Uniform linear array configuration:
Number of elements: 12
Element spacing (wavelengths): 1
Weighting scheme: uniform
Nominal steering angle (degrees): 45
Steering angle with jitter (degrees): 46.556
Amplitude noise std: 0.05
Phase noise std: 0.05

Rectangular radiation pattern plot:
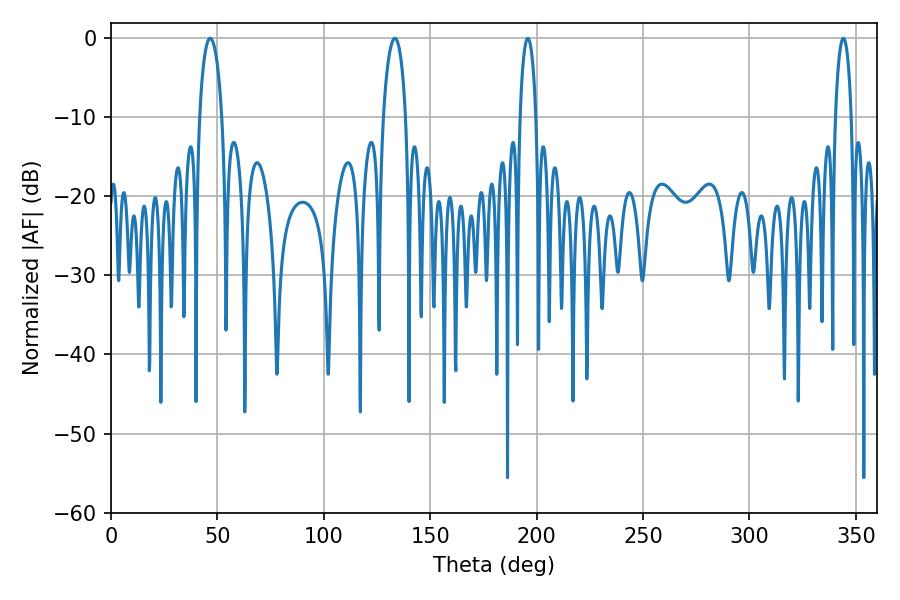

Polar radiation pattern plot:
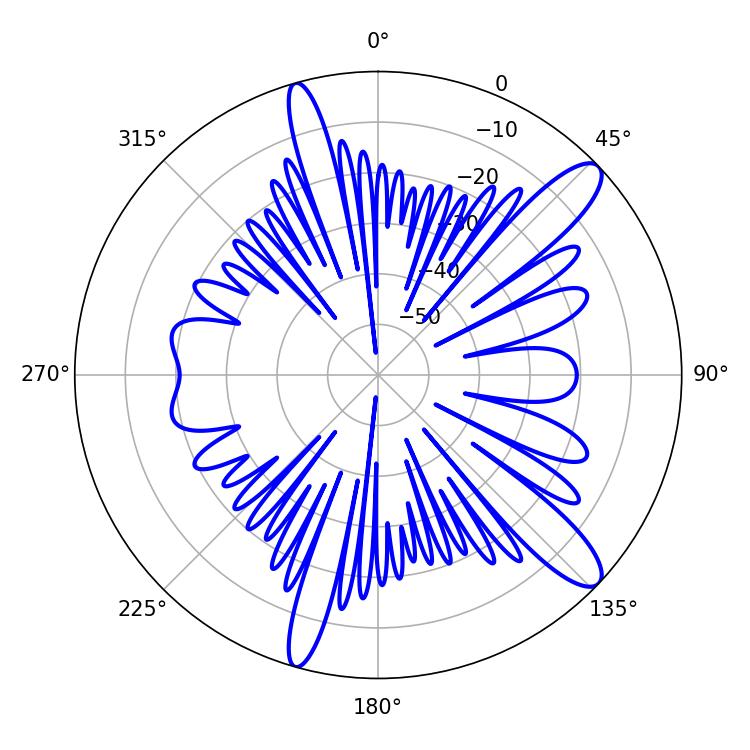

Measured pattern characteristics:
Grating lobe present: TRUE
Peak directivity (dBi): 12.151
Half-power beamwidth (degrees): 5.94
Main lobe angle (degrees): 46.62